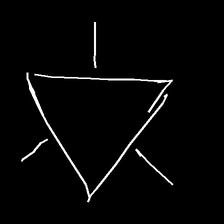
Glyph: fire